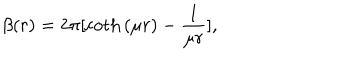
\beta ( r ) = { 2 \pi } [ \coth { ( \mu r ) } - \frac { 1 } { \mu r } ] ,